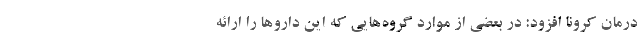
درمان کرونا افزود: در بعضی از موارد گروه‌هایی که این داروها را ارائه